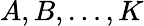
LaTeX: A,B,\dots,K